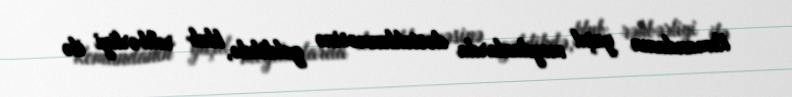
Komandanın yaşıl meydanlarda dəstəklənməsinə gəldikdə, klub rəhbərliyi ilə